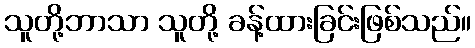
သူတို့ဘာသာ သူတို့ ခန့်ထားခြင်းဖြစ်သည်။